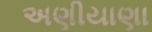
અણીયાણા